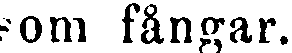
som fångar.